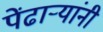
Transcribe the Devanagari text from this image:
पेंढाऱ्यांनी